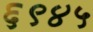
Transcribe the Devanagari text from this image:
६९४५